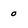
Character: 0